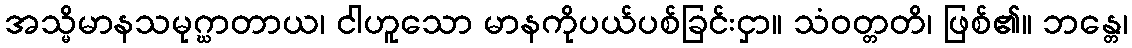
အသ္မိမာနသမုဂ္ဃာတာယ၊ ငါဟူသော မာနကိုပယ်ပစ်ခြင်းငှာ။ သံဝတ္တတိ၊ ဖြစ်၏။ ဘန္တေ၊